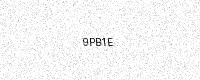
Text: 9PB1E